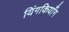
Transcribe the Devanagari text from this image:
यिंगकियाँग